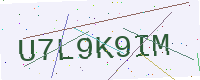
Text: U7L9K9IM